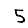
Digit: 5